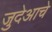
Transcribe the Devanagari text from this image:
जुदेआचे